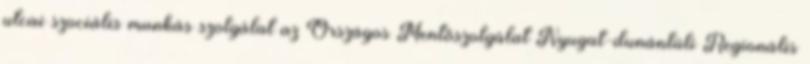
utcai szociális munkás szolgálat az Országos Mentőszolgálat Nyugat-dunántúli Regionális